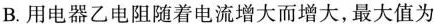
B.用电器乙电阻随着电流增大而增大，最大值为